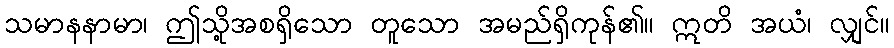
သမာနနာမာ၊ ဤသို့အစရှိသော တူသော အမည်ရှိကုန်၏။ ဣတိ အယံ၊ လျှင်။